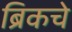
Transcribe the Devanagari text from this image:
ब्रिकचे